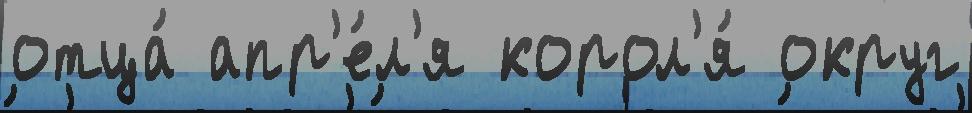
отца́ апр'е́л'я корол'я́ округ